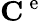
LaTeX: \mathbf{C}^{\mathrm{~e~}}